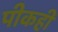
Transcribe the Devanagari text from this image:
पीकही